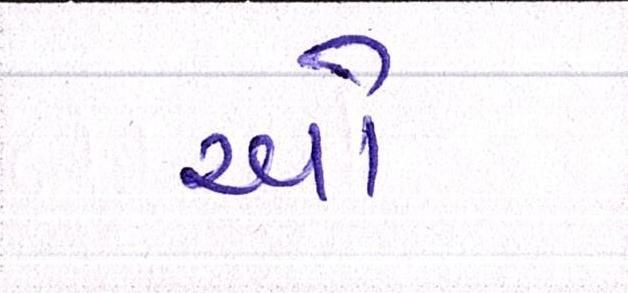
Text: ઓ